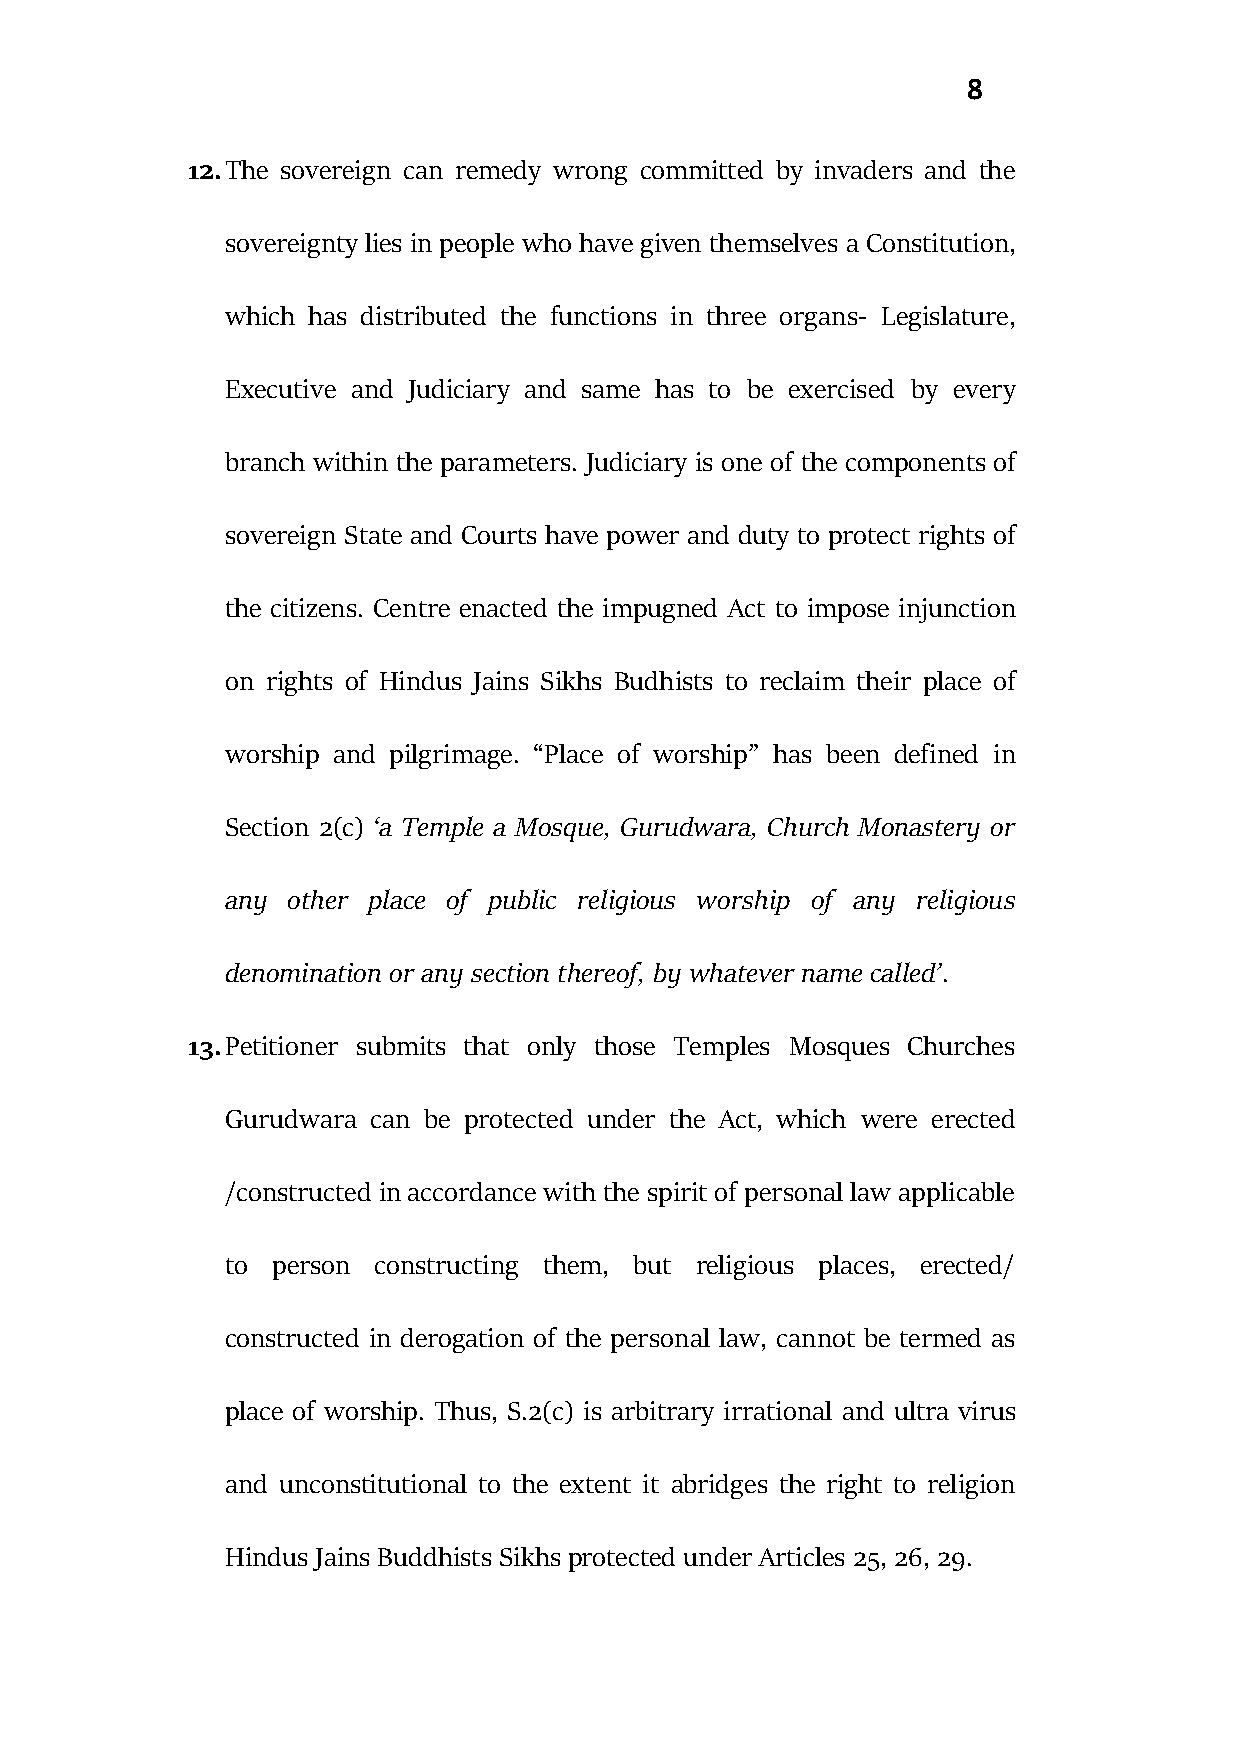
8
 12. The sovereign can remedy wrong committed by invaders and the
 sovereignty lies in people who have given themselves a Constitution,
 which has distributed the functions in three organs- Legislature,
 Executive and Judiciary and same has to be exercised by every
 branch within the parameters. Judiciary is one of the components of
 sovereign State and Courts have power and duty to protect rights of
 the citizens. Centre enacted the impugned Act to impose injunction
 on rights of Hindus Jains Sikhs Budhists to reclaim their place of
 worship and pilgrimage. “Place of worship” has been defined in
 Section 2(c) ‘a Temple a Mosque, Gurudwara, Church Monastery or
 any other place of public religious worship of any religious
 denomination or any section thereof, by whatever name called’.
 13. Petitioner submits that only those Temples Mosques Churches
 Gurudwara can be protected under the Act, which were erected
 /constructed in accordance with the spirit of personal law applicable
 to person constructing them, but religious places, erected/
 constructed in derogation of the personal law, cannot be termed as
 place of worship. Thus, S.2(c) is arbitrary irrational and ultra virus
 and unconstitutional to the extent it abridges the right to religion
 Hindus Jains Buddhists Sikhs protected under Articles 25, 26, 29.